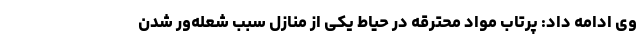
وی ادامه داد: پرتاب مواد محترقه در حیاط یکی از منازل سبب شعله‌ور شدن